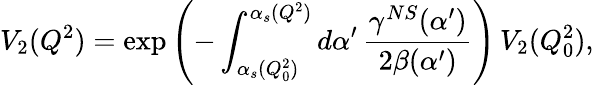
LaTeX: V_{2}(Q^{2})=\exp\left(-\int_{\alpha_{s}(Q_{0}^{2})}^{\alpha_{s}(Q^{2})}d\alpha^{\prime}\, \frac{\gamma^{NS}(\alpha^{\prime})}{2\beta(\alpha^{\prime})}\right)\, V_{2}(Q_{0}^{2}),